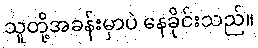
သူတို့အခန်းမှာပဲ နေခိုင်းသည်။